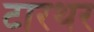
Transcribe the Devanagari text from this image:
टारथर